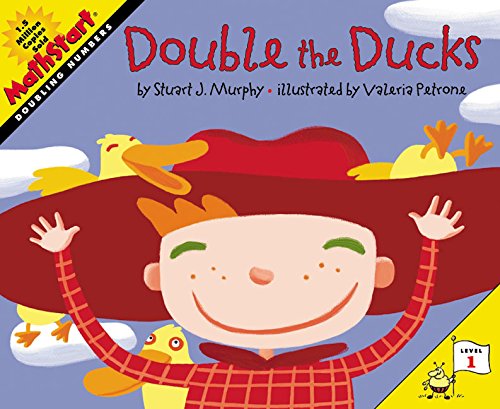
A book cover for Double the Ducks (MathStart 1); Stuart J. Murphy; Children's Books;